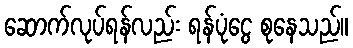
ဆောက်လုပ်ရန်လည်း ရန်ပုံငွေ စုနေသည်။